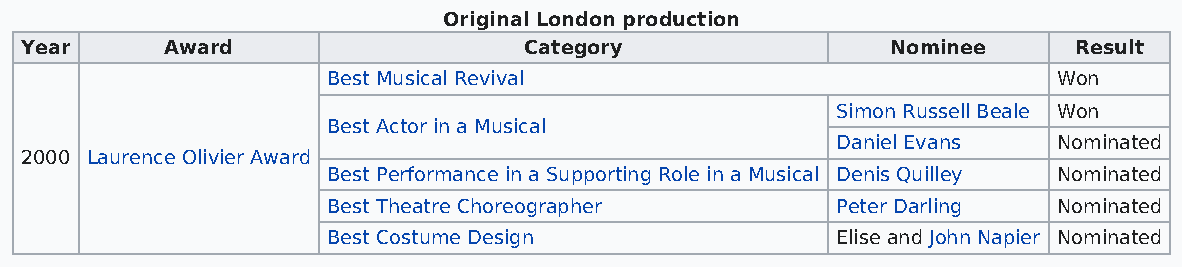
Original London production
 Year      Award                   Category                Nominee     Result
 Best Musical Revival                            Won
 Simon Russell Beale Won
 Best Actor in a Musical
 Daniel Evans   Nominated
 2000 Laurence Olivier Award
 Best Performance in a Supporting Role in a Musical Denis Quilley Nominated
 Best Theatre Choreographer       Peter Darling  Nominated
 Best Costume Design              Elise and John Napier Nominated